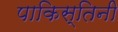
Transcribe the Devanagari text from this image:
पाकिस्तिनी